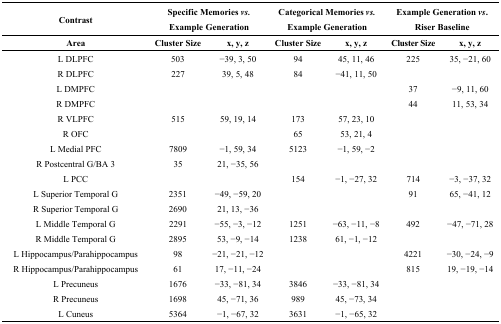
| Contrast | <COLSPAN=2> Specific Memories vs. Example Generation | <COLSPAN=2> Categorical Memories vs. Example Generation | <COLSPAN=2> Example Generation vs. Riser Baseline |
 | Area | Cluster Size | x, y, z | Cluster Size | x, y, z | Cluster Size | x, y, z |
 | --- | --- | --- | --- | --- | --- | --- |
 | L DLPFC | 503 | −39, 3, 50 | 94 | 45, 11, 46 | 225 | 35, −21, 60 |
 | R DLPFC | 227 | 39, 5, 48 | 84 | −41, 11, 50 |  |  |
 | L DMPFC |  |  |  |  | 37 | −9, 11, 60 |
 | R DMPFC |  |  |  |  | 44 | 11, 53, 34 |
 | R VLPFC | 515 | 59, 19, 14 | 173 | 57, 23, 10 |  |  |
 | R OFC |  |  | 65 | 53, 21, 4 |  |  |
 | L Medial PFC | 7809 | −1, 59, 34 | 5123 | −1, 59, −2 |  |  |
 | R Postcentral G/BA 3 | 35 | 21, −35, 56 |  |  |  |  |
 | L PCC |  |  | 154 | −1, −27, 32 | 714 | −3, −37, 32 |
 | L Superior Temporal G | 2351 | −49, −59, 20 |  |  | 91 | 65, −41, 12 |
 | R Superior Temporal G | 2690 | 21, 13, −36 |  |  |  |  |
 | L Middle Temporal G | 2291 | −55, −3, −12 | 1251 | −63, −11, −8 | 492 | −47, −71, 28 |
 | R Middle Temporal G | 2895 | 53, −9, −14 | 1238 | 61, −1, −12 |  |  |
 | L Hippocampus/Parahippocampus | 98 | −21, −21, −12 |  |  | 4221 | −30, −24, −9 |
 | R Hippocampus/Parahippocampus | 61 | 17, −11, −24 |  |  | 815 | 19, −19, −14 |
 | L Precuneus | 1676 | −33, −81, 34 | 3846 | −33, −81, 34 |  |  |
 | R Precuneus | 1698 | 45, −71, 36 | 989 | 45, −73, 34 |  |  |
 | L Cuneus | 5364 | −1, −67, 32 | 3631 | −1, −65, 32 |  |  |